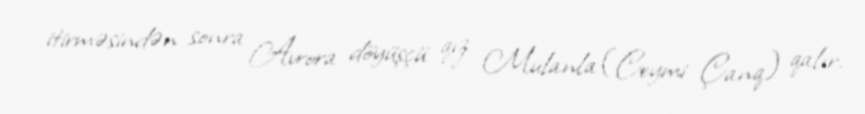
itirməsindən sonra Avrora döyüşçü qız Mulanla (Ceymi Çanq) qalır.